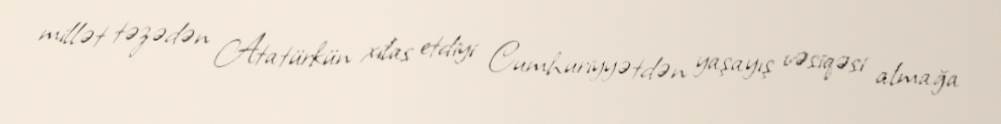
millət təzədən Atatürkün xilas etdiyi Cumhuriyyətdən yaşayış vəsiqəsi almağa